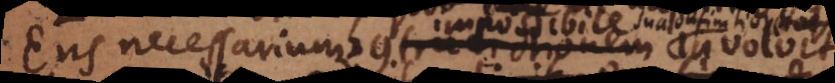
Ens necessarium contradictionem involvit,